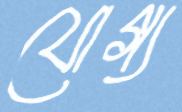
যোগ্য